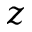
z